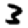
Digit: 3